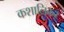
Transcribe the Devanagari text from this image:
कशालिकर